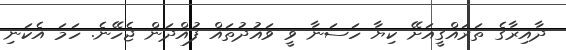
ދާއިރާގެ ތަރައްގީއަށޭ ކިޔާ ހަސަނާ ވީ ވައުދުތައް ފުއްދަން ޖެހޭނެ. ހަމަ އެކަނި